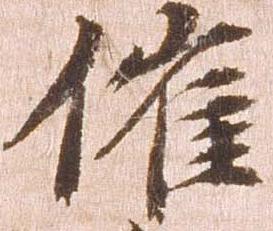
催